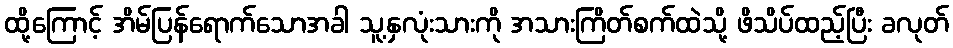
ထို့ကြောင့် အိမ်ပြန်ရောက်သောအခါ သူ့နှလုံးသားကို အသားကြိတ်စက်ထဲသို့ ဖိသိပ်ထည့်ပြီး ခလုတ်